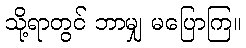
သို့ရာတွင် ဘာမျှ မပြောကြ။